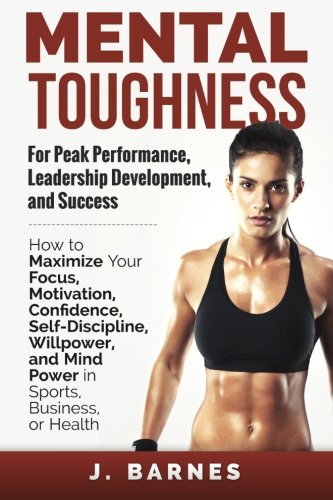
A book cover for Mental Toughness for Peak Performance, Leadership Development, and Success: How to Maximize Your Focus, Motivation, Confidence, Self-Discipline, Willpower, and Mind Power in Sports, Business or Health; J. Barnes; Self-Help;